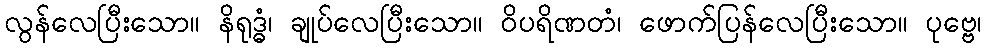
လွန်လေပြီးသော။ နိရုဒ္ဓံ၊ ချုပ်လေပြီးသော။ ဝိပရိဏတံ၊ ဖောက်ပြန်လေပြီးသော။ ပုဗ္ဗေ၊